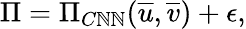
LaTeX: \Pi=\Pi_{C\mathbb{N}\mathbb{N}}(\overline{{{u}}},\overline{{{v}}})+\epsilon,